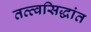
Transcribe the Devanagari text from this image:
तत्त्वसिद्धांत